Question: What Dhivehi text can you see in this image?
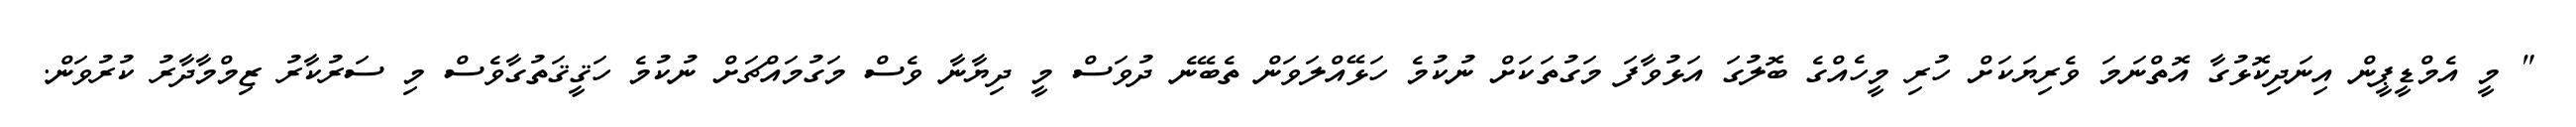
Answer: " މީ އެމްޑީޕީން އިނަދިކޮޅުގާ އޮތްނަމަ ވެރިޔަކަށް ހުރި މީހެއްގެ ބޮލުގަ އަޅުވާފަ މަގުތަކަށް ނުކުމެ ހަޅޭއްލަވަން ތެބޭނެ ދުވަސް މީ ދިޔާނާ ވެސް މަގުމައްޗަށް ނުކުމެ ހަޤީޤަތުގާވެސް މި ސަރުކާރު ޒިމްމާދާރު ކުރުވަން.